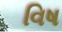
વિષ